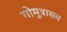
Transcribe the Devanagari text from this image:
गोमूत्रासव